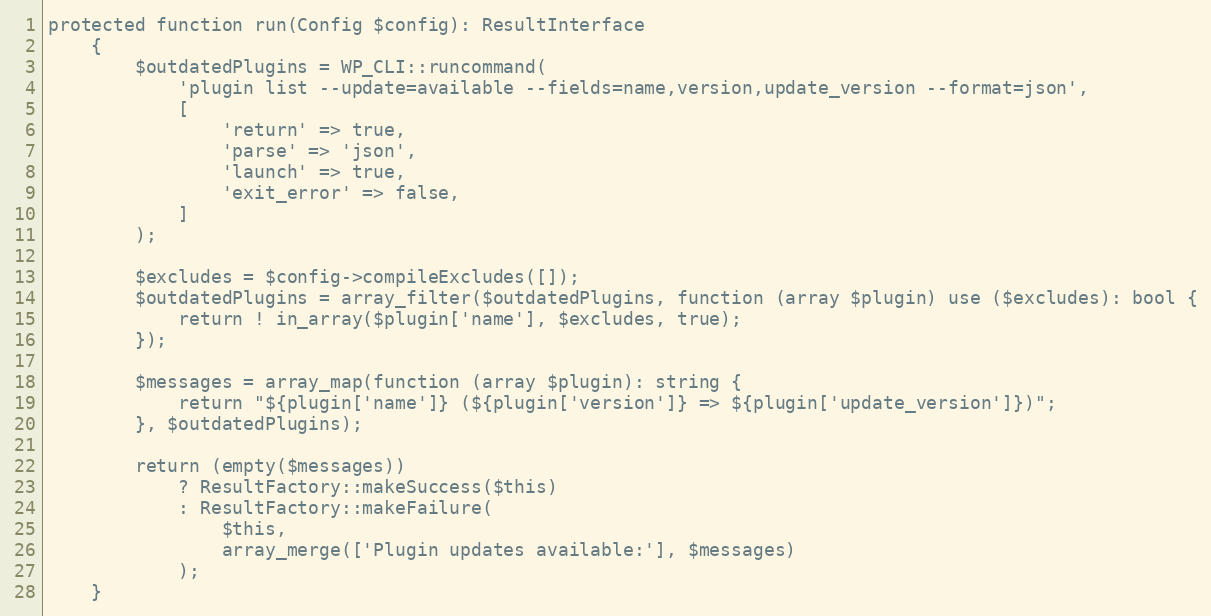
Language: PHP
protected function run(Config $config): ResultInterface
    {
        $outdatedPlugins = WP_CLI::runcommand(
            'plugin list --update=available --fields=name,version,update_version --format=json',
            [
                'return' => true,
                'parse' => 'json',
                'launch' => true,
                'exit_error' => false,
            ]
        );

        $excludes = $config->compileExcludes([]);
        $outdatedPlugins = array_filter($outdatedPlugins, function (array $plugin) use ($excludes): bool {
            return ! in_array($plugin['name'], $excludes, true);
        });

        $messages = array_map(function (array $plugin): string {
            return "${plugin['name']} (${plugin['version']} => ${plugin['update_version']})";
        }, $outdatedPlugins);

        return (empty($messages))
            ? ResultFactory::makeSuccess($this)
            : ResultFactory::makeFailure(
                $this,
                array_merge(['Plugin updates available:'], $messages)
            );
    }